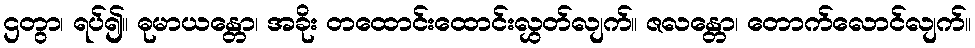
ဌတွာ၊ ရပ်၍။ ဓုမာယန္တော၊ အခိုး တထောင်းထောင်းလွှတ်လျက်။ ဇလန္တော၊ တောက်လောင်လျက်။